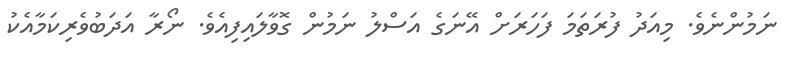
ނަމުންނެވެ. މިއަދު ފުރަތަމަ ފަހަރަށް އޭނަގެ އަސްލު ނަމުން ގޮވާލައިފިއެވެ. ނޯރާ އަދަބުވެރިކަމާއެކު